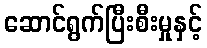
ဆောင်ရွက်ပြီးစီးမှုနှင့်